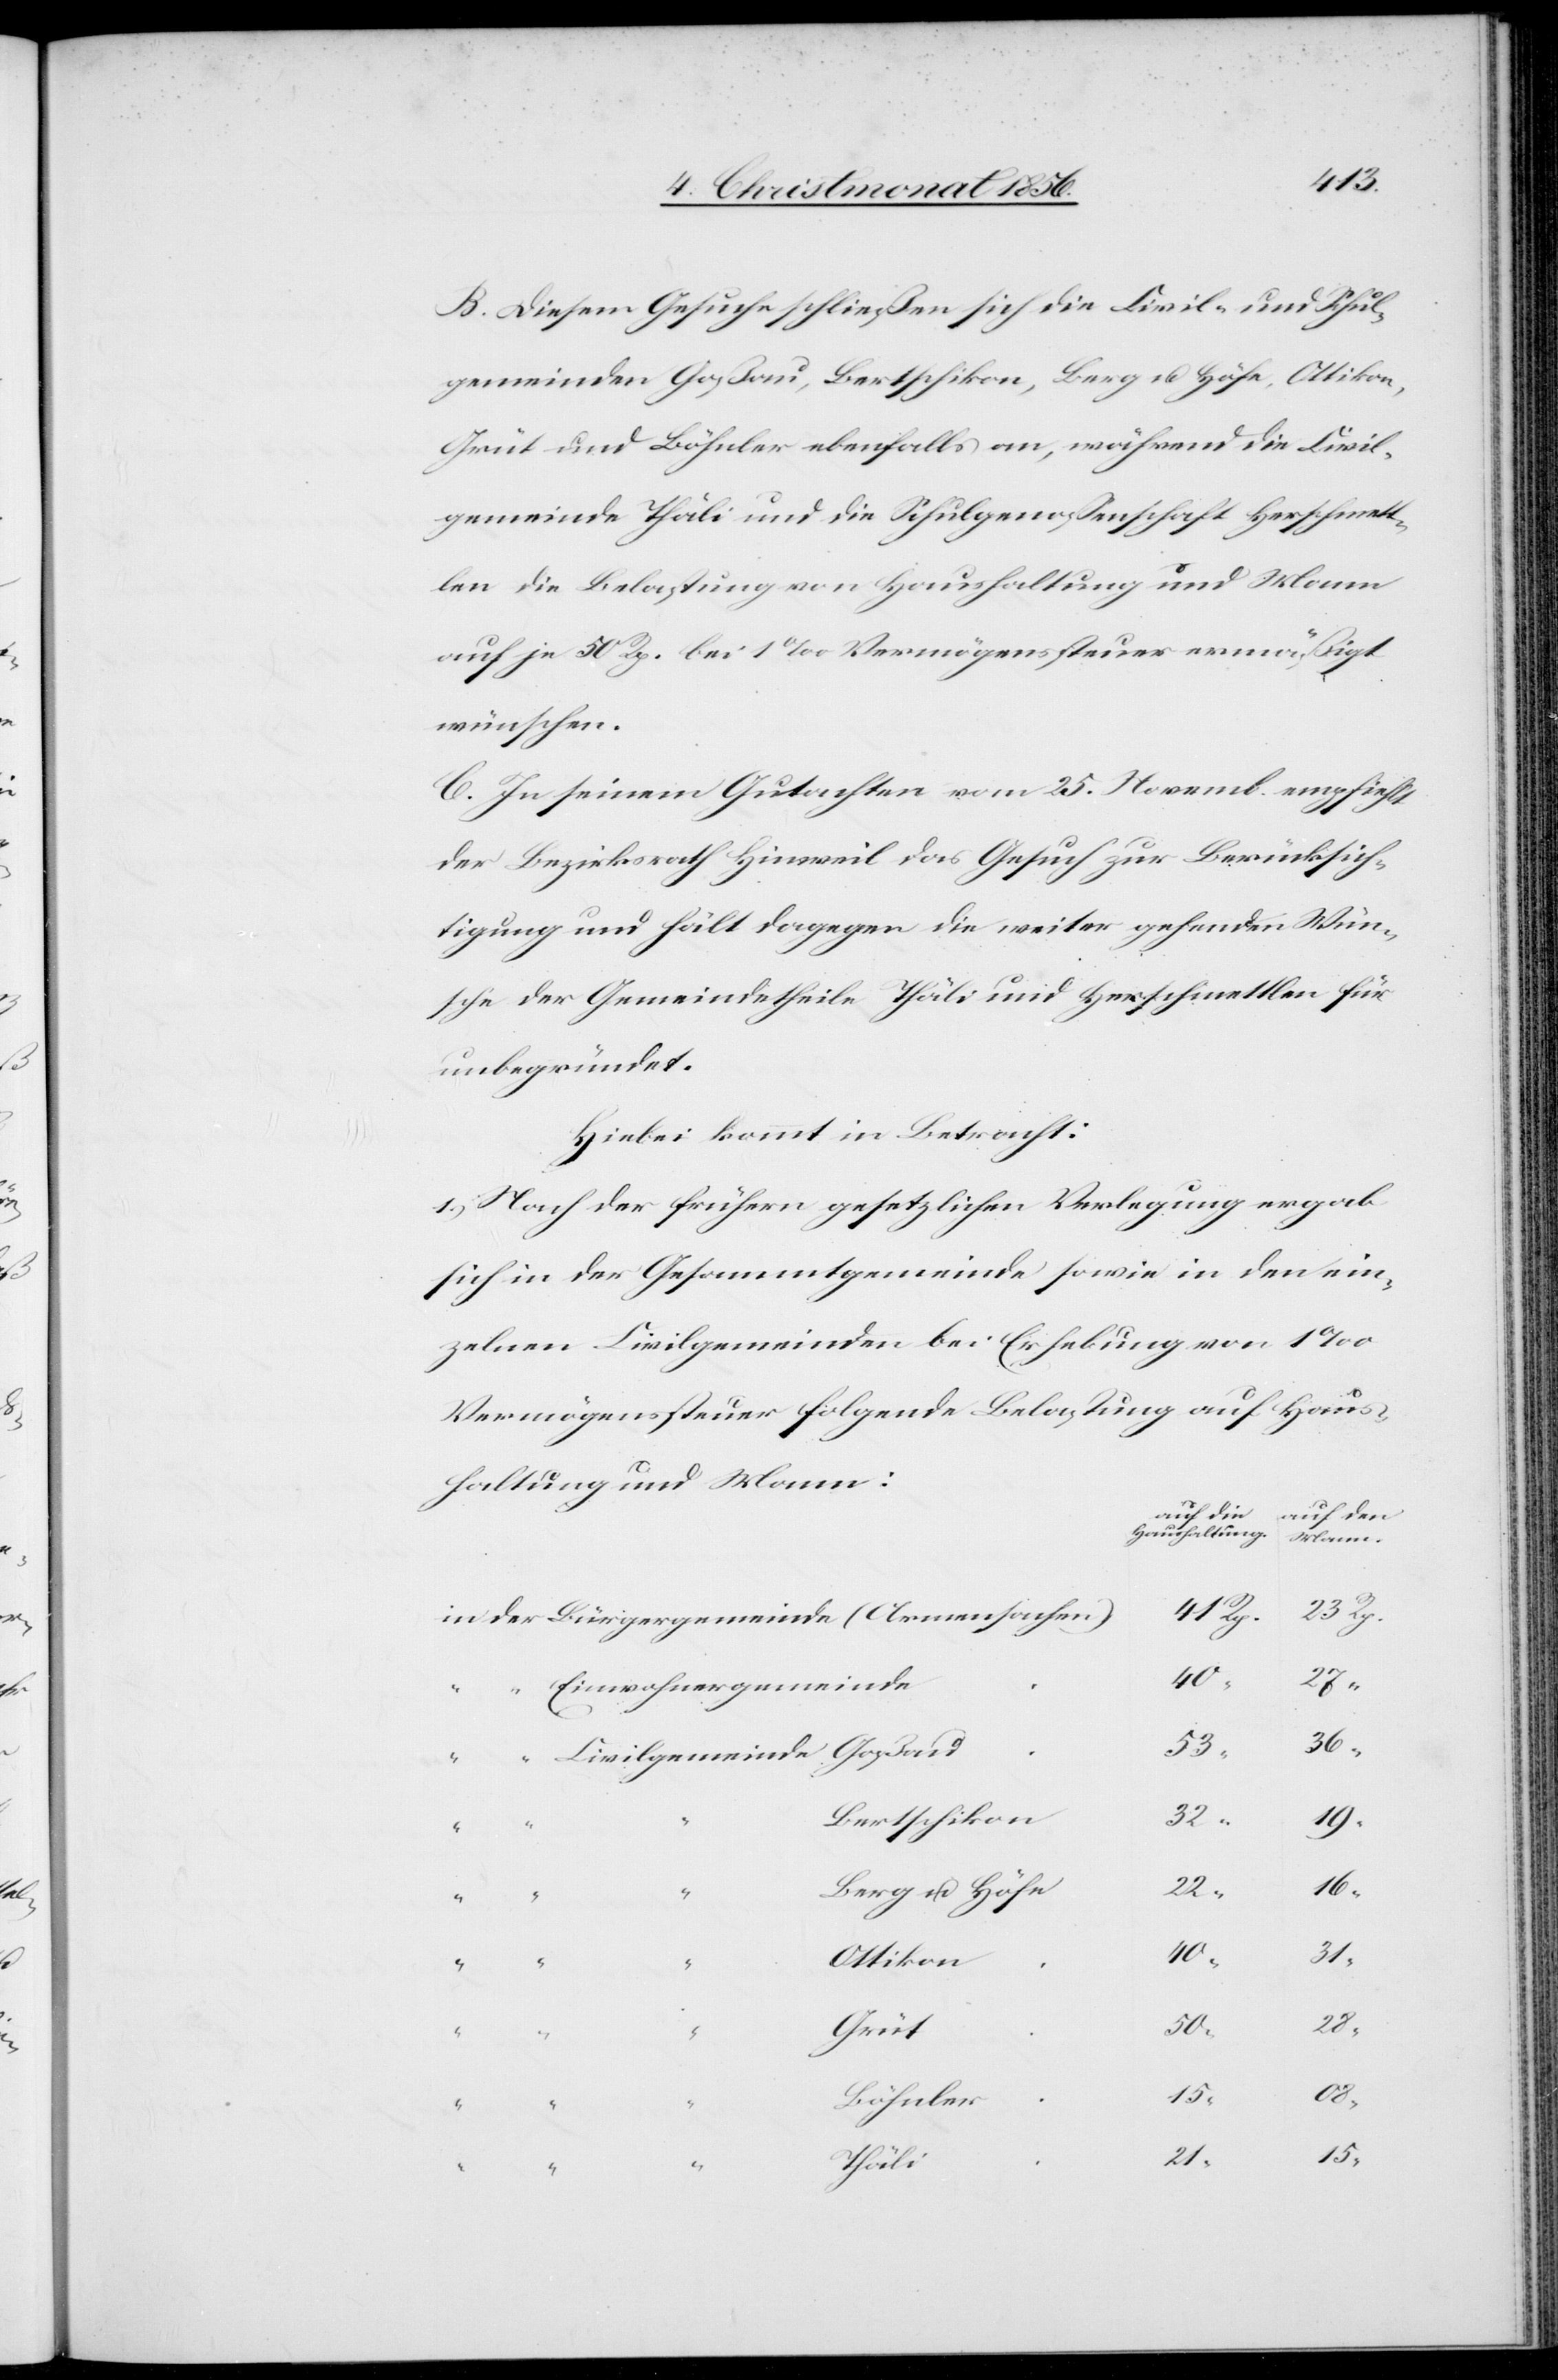
“

08
B. Diesem Gesuche schließen sich die Civil- und Schul¬
gemeinden Goßau, Bertschikon, Berg u. Höfe, Ottikon,
Grüt und Böhnler ebenfalls an, während die Civil¬
gemeinde Thäli und die Schulgenossenschaft Herschmett¬
len die Belastung von Haushaltung und Mann
auf je 50 Rp. bei 1‰ Vermögenssteuer ermäßigt
wünschen.
C. In seinem Gutachten vom 25. Novemb. empfiehlt
der Bezirksrath Hinweil das Gesuch zur Berücksich¬
tigung und hält dagegen die weiter gehenden Wün¬
sche der Gemeindetheile Thäli und Herschmettlen für
unbegründet.
Hiebei kommt in Betracht:
1.) Nach der frühern gesetzliche Verlegung ergab
sich in der Gesammtgemeinde sowie in den ein¬
zelnen Civilgemeinden bei Erhebung von 1‰
Vermögenssteuer folgende Belastung auf Haus¬
haltung und Mann:
auf die
auf den
Haushaltung.
Mann.
21
15
40
Einwohnergemeinde
Bertschikon
Berg u. Höfe
Ottikon
Böhnler
15
Thäli